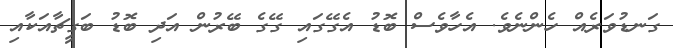
ގަނޑުވަރެއް ހެންނެވެ. އެހާވެސް ބޮޑު އެގޭގައި ގޭގެ ބޭރުން އަދި ބޮޑު ބަގީޗާއަކާއި